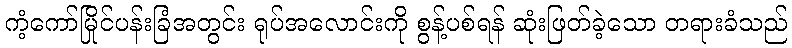
ကံ့ကော်မြိုင်ပန်းခြံအတွင်း ရုပ်အလောင်းကို စွန့်ပစ်ရန် ဆုံးဖြတ်ခဲ့သော တရားခံသည်